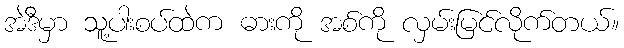
အဲဒီမှာ သူ့ပါးစပ်ထဲက ဓားကို အစ်ကို လှမ်းမြင်လိုက်တယ်။